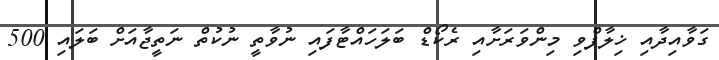
ގަވާއިދާއި ޚިލާފްވި މިންވަރަށާއި ރެކޯޑް ބަލަހައްޓާފައި ނުވާތީ ނުކުތް ނަތީޖާއަށް ބަލައި 500